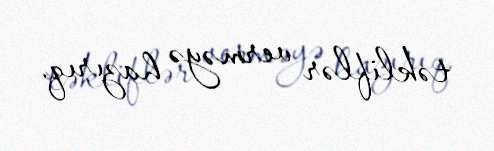
təkliflər verməyə hazırıq.